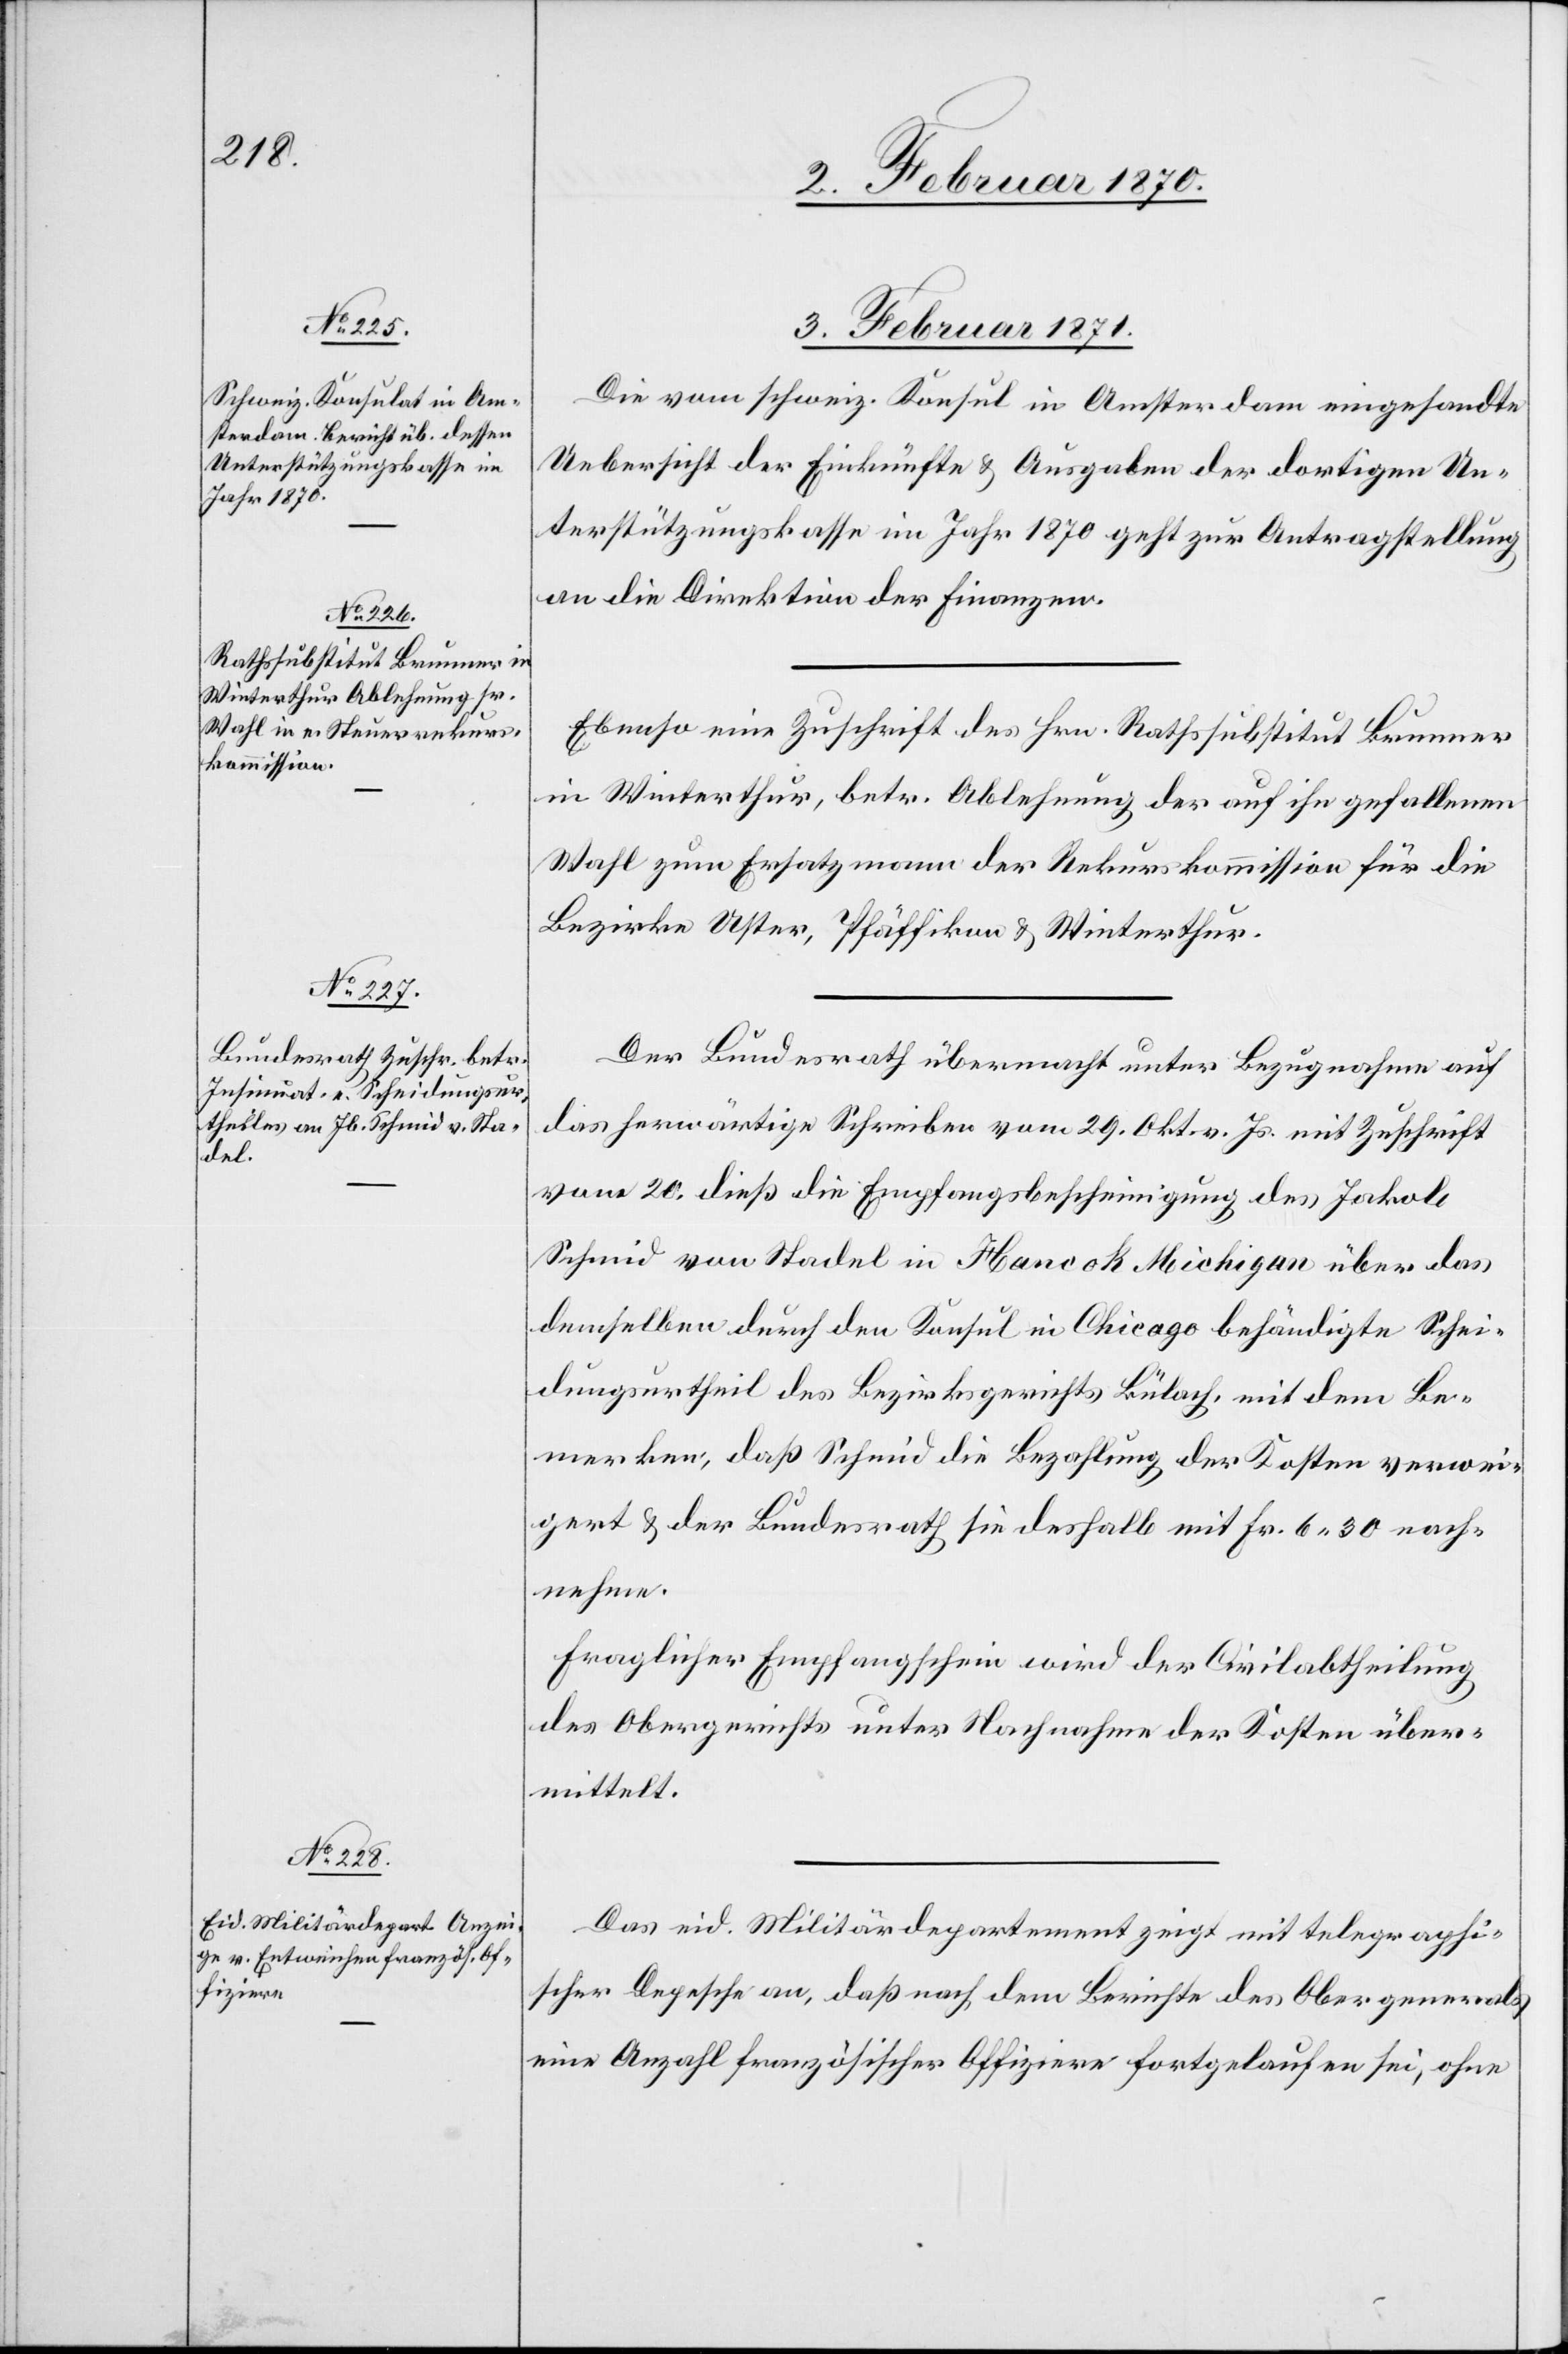
3. Februar 1871.]
Die vom schweiz. Konsul in Amsterdam eingesandte
Uebersicht der Einkünfte u. Ausgaben der dortigen Un¬
terstützungskasse im Jahr 1870 geht zur Antragstellung
an die Direktion der Finanzen.
Ebenso eine Zuschrift des Hrn. Rathssubstitut Brunner
in Winterthur, betr. Ablehnung der auf ihn gefallenen
Wahl zum Ersatzmann der Rekurskommission für die
Bezirke Uster, Pfäffikon u. Winterthur.
Der Bundesrath übermacht unter Bezugnahme auf
das herwärtige Schreiben vom 29. Okt. v. Js. mit Zuschrift
vom 20. dieß die Empfangsbescheinigung des Jakob
Schmid von Stadel in Hancok Michigan über das
demselben durch den Konsul in Chicago behändigte Schei¬
dungsurtheil des Bezirksgerichts Bülach, mit dem Be¬
merken, daß Schmid die Bezahlung der Kosten verwei¬
gert u. der Bundesrath sie deshalb mit Fr. 6.30 nach¬
nehme.
Fraglicher Empfangsschein wird der Civilabtheilung
des Obergerichts unter Nachnahme der Kosten über¬
mittelt.
Das eid. Militärdepartement zeigt mit telegraphi¬
scher Depesche an, daß nach dem Berichte des Obergenerals
eine Anzahl französischer Offiziere fortgelaufen sei, ohne